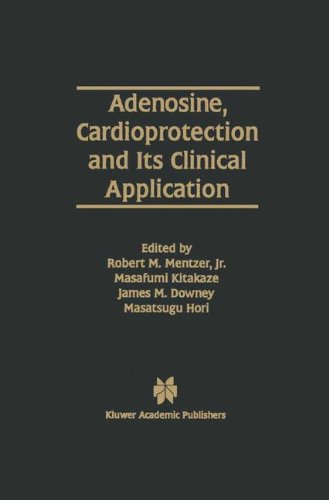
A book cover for Adenosine, Cardioprotein and Its Clinical Application; Medical Books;